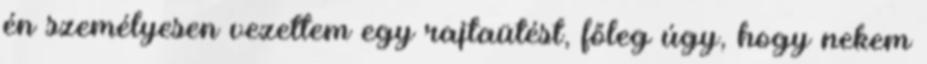
én személyesen vezettem egy rajtaütést, főleg úgy, hogy nekem